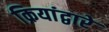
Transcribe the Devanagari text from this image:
क्रियांद्वारे